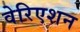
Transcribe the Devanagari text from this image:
वेरिएशन